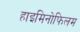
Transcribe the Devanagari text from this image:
हाइमिनोफिलम